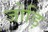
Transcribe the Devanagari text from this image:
जोड़ि